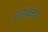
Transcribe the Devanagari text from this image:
शाश्वमेध